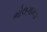
ભોલગામડા